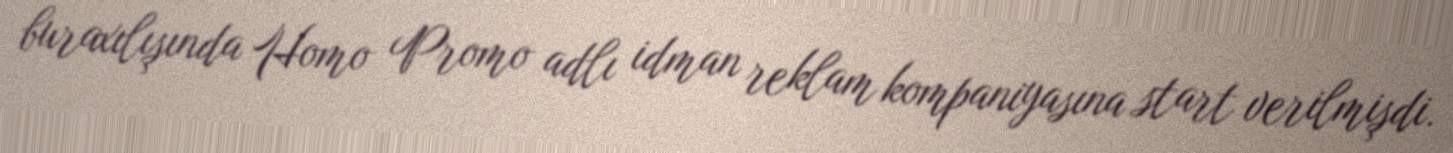
buraxılışında Homo Promo adlı idman reklam kompaniyasına start verilmişdi.